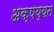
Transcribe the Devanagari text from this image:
अक्षय्यत